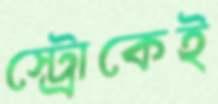
স্ট্রোকেই